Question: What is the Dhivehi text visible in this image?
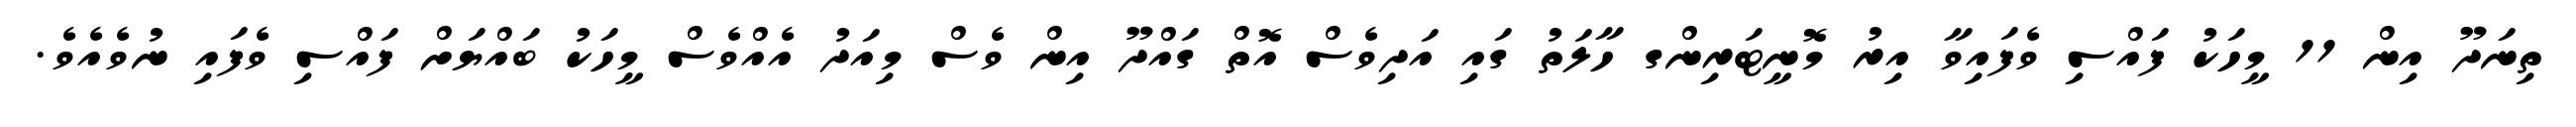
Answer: ތިނަދޫ އިން 11 މީހަކު ފައްސި ވެފައިވާ އިރު މޮނީޓަރިންގ ހާލަތު ގައި އަދިވެސް އޮތް ގައްދޫ އިން ވެސް މިއަދު އެއްވެސް މީހަކު ބައްޔަށް ފައްސި ވެފައި ނުވެއެވެ.